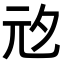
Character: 𭀞